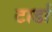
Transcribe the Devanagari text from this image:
टार्डा